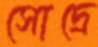
সোদ্রে